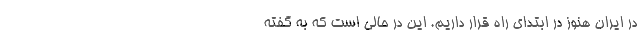
در ایران هنوز در ابتدای راه قرار داریم. این در حالی است که به گفته